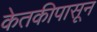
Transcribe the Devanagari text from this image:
केतकीपासून